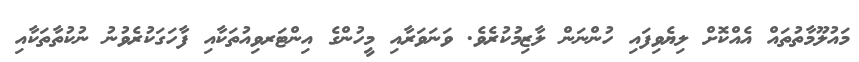
މައުލޫމާތުތައް އެއްކޮށް ލިޔެވިފައި ހުންނަން ލާޒިމުކުރެވެ. ވަނަވަރާއި މީހުންގެ އިންޓަރވިއުތަކާއި ފާހަގަކުރެވުނު ނުކުތާތަކާއި